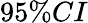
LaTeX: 95\% CI